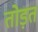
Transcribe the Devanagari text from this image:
तोड़त